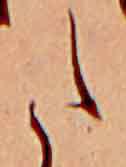
た